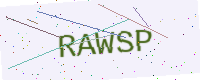
Text: RAWSP